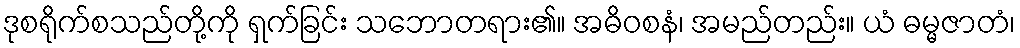
ဒုစရိုက်စသည်တို့ကို ရှက်ခြင်း သဘောတရား၏။ အဓိဝစနံ၊ အမည်တည်း။ ယံ ဓမ္မဇာတံ၊